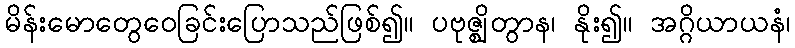
မိန်းမောတွေဝေခြင်းပြောသည်ဖြစ်၍။ ပဗုဇ္ဈိတွာန၊ နိုး၍။ အဂ္ဂိယာယနံ၊